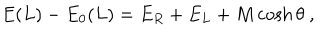
E ( L ) - E _ { 0 } ( L ) = E _ { R } + E _ { L } + M \cosh \theta \ ,